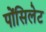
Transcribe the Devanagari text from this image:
पोंसिलेट